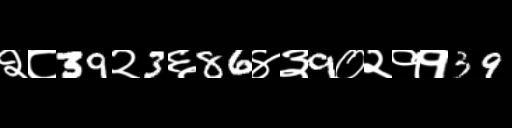
Text: २८39२3६86४३9०२११39